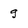
Character: g